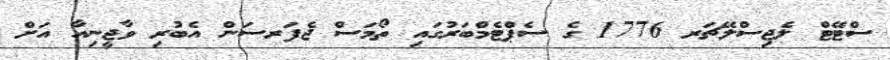
ސްޓޭޓް ލެޖިސްލޭޗަރ 1776 ގެ ސެޕްޓެމްބަރުގައި ތޯމަސް ޖެފަރސަން އެބުރި ވާޖީނިއާ އަށް